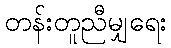
တန်းတူညီမျှရေး